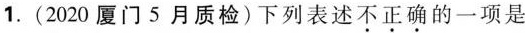
1.(2020厦门5月质检)下列表述\underset{·}{不}\underset{·}{正}\underset{·}{确}的一项是